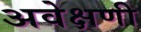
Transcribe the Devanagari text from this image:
अवेक्षणी